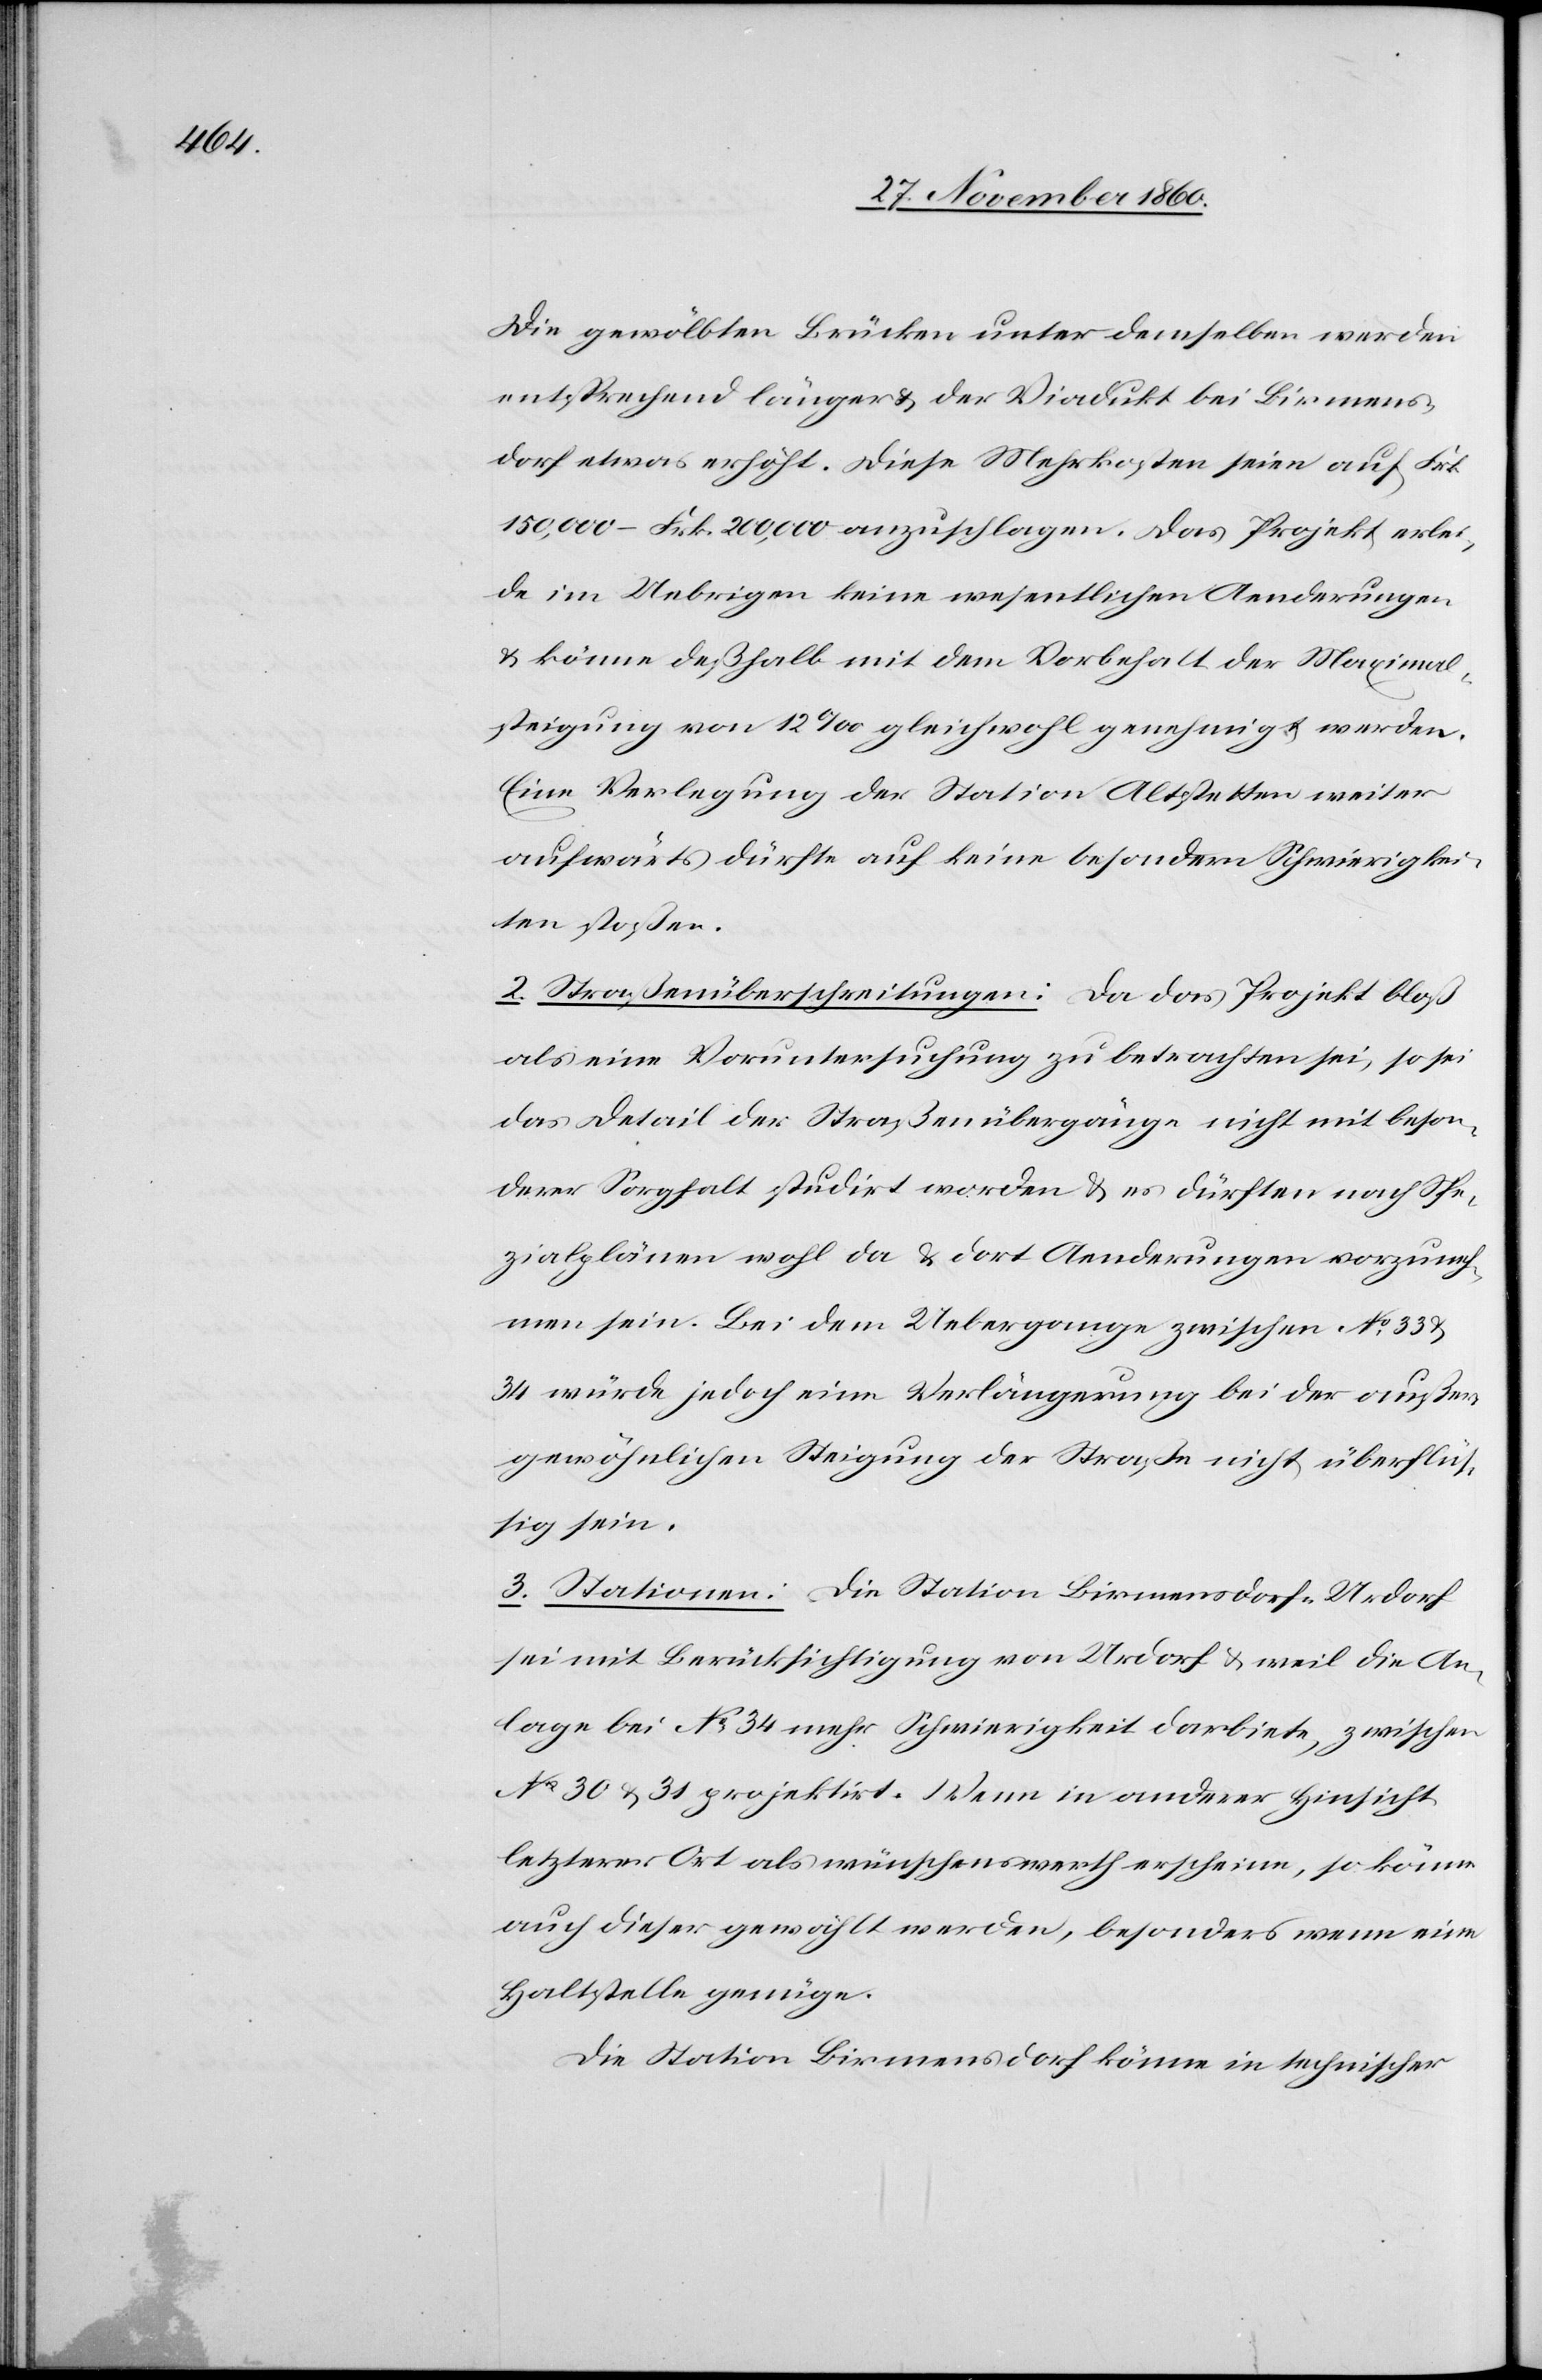
Die gewölbten Brücken unter denselben werden
entsprechend länger u. der Viadukt bei Birmens¬
dorf etwas erhöht. Diese Mehrkosten seien auf Frk.
150,000–Frk. 200,000 anzuschlagen. Das Projekt erlei¬
de im Uebrigen keine wesentlichen Aenderungen
u. könne deßhalb mit dem Vorbehalt der Maximal¬
steigung von 12‰ gleichwohl genehmigt werden.
Eine Verlegung der Station Altsteten weiter
aufwärts dürfte auf keine besondern Schwierigkei¬
ten stoßen.
2. Straßenüberschreitungen. Da das Projekt bloß
als eine Voruntersuchung zu betrachten sie, so sei
das Detail der Straßenübergänge nicht mit beson¬
derer Sorgfalt studirt worden u. es dürften nach Spe¬
zialplänen wohl da u. dort Aenderungen vorzuneh¬
men sein. Bei dem Uebergange zwischen No 33 u.
34 würde jedoch eine Verlängerung bei der außer¬
gewöhnlichen Steigung der Straße nicht überflüs¬
sig sein.
3. Stationen. Die Station Birmensdorf-Urdorf
sei mit Berücksichtigung von Urdorf u. weil die An¬
lage bei No 34 mehr Schwierigkeit darbiete, zwischen
No 30 u. 31 projektirt. Wenn in anderer Hinsicht
letzterer Ort als wünschenswerth erscheine, so könne
auch dieser gewählt werden, besonders wenn eine
Haltstelle genüge.
Die Station Birmensdorf könne in technischer